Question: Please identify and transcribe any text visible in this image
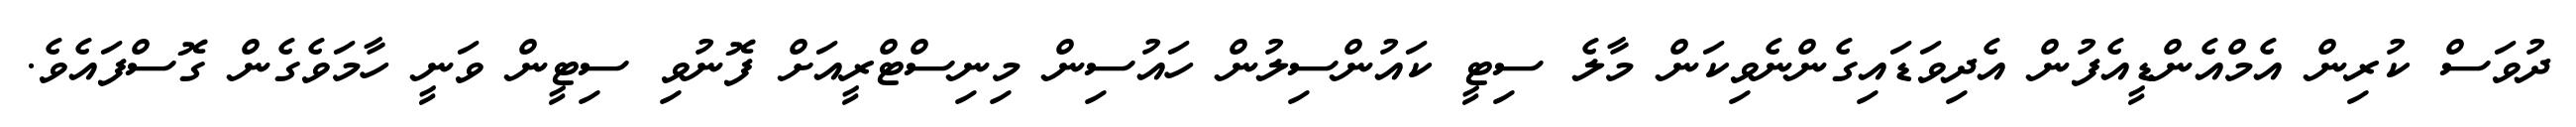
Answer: ދުވަސް ކުރިން އެމްއެންޑީއެފުން އެދިވަޑައިގެންނެވިކަން މާލެ ސިޓީ ކައުންސިލުން ހައުސިން މިނިސްޓްރީއަށް ފޮނުވި ސިޓީން ވަނީ ހާމަވެގެން ގޮސްފައެވެ.